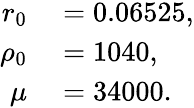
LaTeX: \begin{array}{rl}{r_{0}}&{{}=0.06525,}\\ {\rho_{0}}&{{}=1040,}\\ {\mu}&{{}=34000.}\end{array}